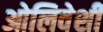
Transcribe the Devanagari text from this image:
ओलिवेशी